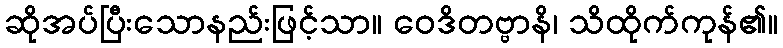
ဆိုအပ်ပြီးသောနည်းဖြင့်သာ။ ဝေဒိတဗ္ဗာနိ၊ သိထိုက်ကုန်၏။